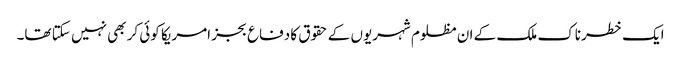
ایک خطرناک ملک کے ان مظلوم شہریوں کے حقوق کا دفاع بجز امریکا کوئی کر بھی نہیں سکتا تھا۔